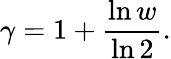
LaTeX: \gamma=1+\frac{\ln w}{\ln 2}.